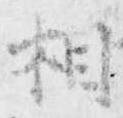
相